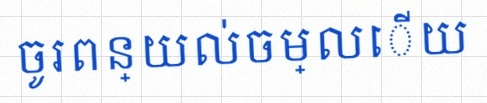
ចូរពន្យល់ចម្លើយ